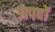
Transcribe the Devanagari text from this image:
उत्पदों